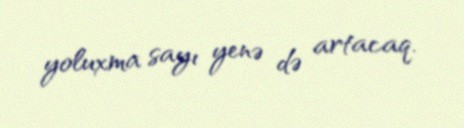
yoluxma sayı yenə də artacaq.